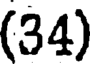
(34)